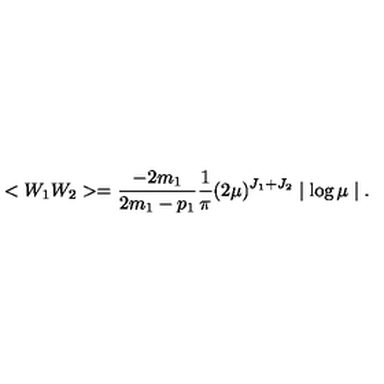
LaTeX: < W _ { 1 } W _ { 2 } > = \frac { - 2 m _ { 1 } } { 2 m _ { 1 } - p _ { 1 } } \frac { 1 } { \pi } ( 2 \mu ) ^ { J _ { 1 } + J _ { 2 } } \mid \log \mu \mid .